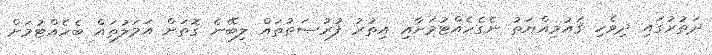
ދަތުރުގައި ދިވެހި ޤައުމިއްޔަތު ނެގެހެއްޓުމަށާއި އިތުރު ފުރުޞަތުތައް ލިބޭނެ ގޮތަށް އަމަލުތައް ބެހެއްޓުމަށް